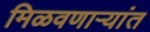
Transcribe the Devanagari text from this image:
मिळवणाऱ्यांत